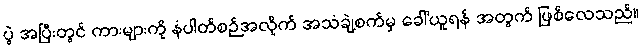
ပွဲ အပြီးတွင် ကားများကို နံပါတ်စဉ်အလိုက် အသံချဲ့စက်မှ ခေါ်ယူရန် အတွက် ဖြစ်လေသည်။